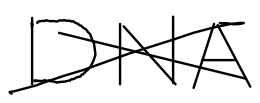
Text: DNA
Cross-out: cross
Writing tool: digital_black